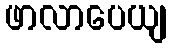
ဖာလာပေယျ